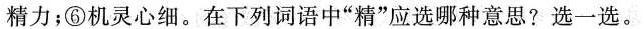
精力；⑥机灵心细。在下列词语中”精”应选哪种意思?选一选。